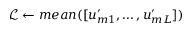
\mathcal { L } \gets m e a n ( [ u _ { m 1 } ^ { \prime } , \dots , u _ { m L } ^ { \prime } ] )